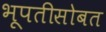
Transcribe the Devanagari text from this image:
भूपतीसोबत